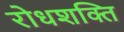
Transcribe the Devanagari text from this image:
रोधशक्ति